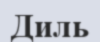
Диль